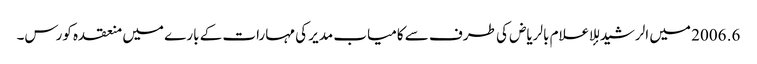
6. 2006 میں الرشید للإعلام بالریاض کی طرف سے کامیاب مدیر کی مہارات کے بارے میں منعقدہ کورس۔